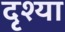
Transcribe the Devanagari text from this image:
दृश्या